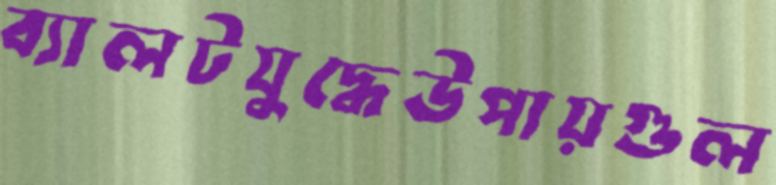
ব্যালটযুদ্ধেউপায়গুল